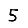
Digit: 5